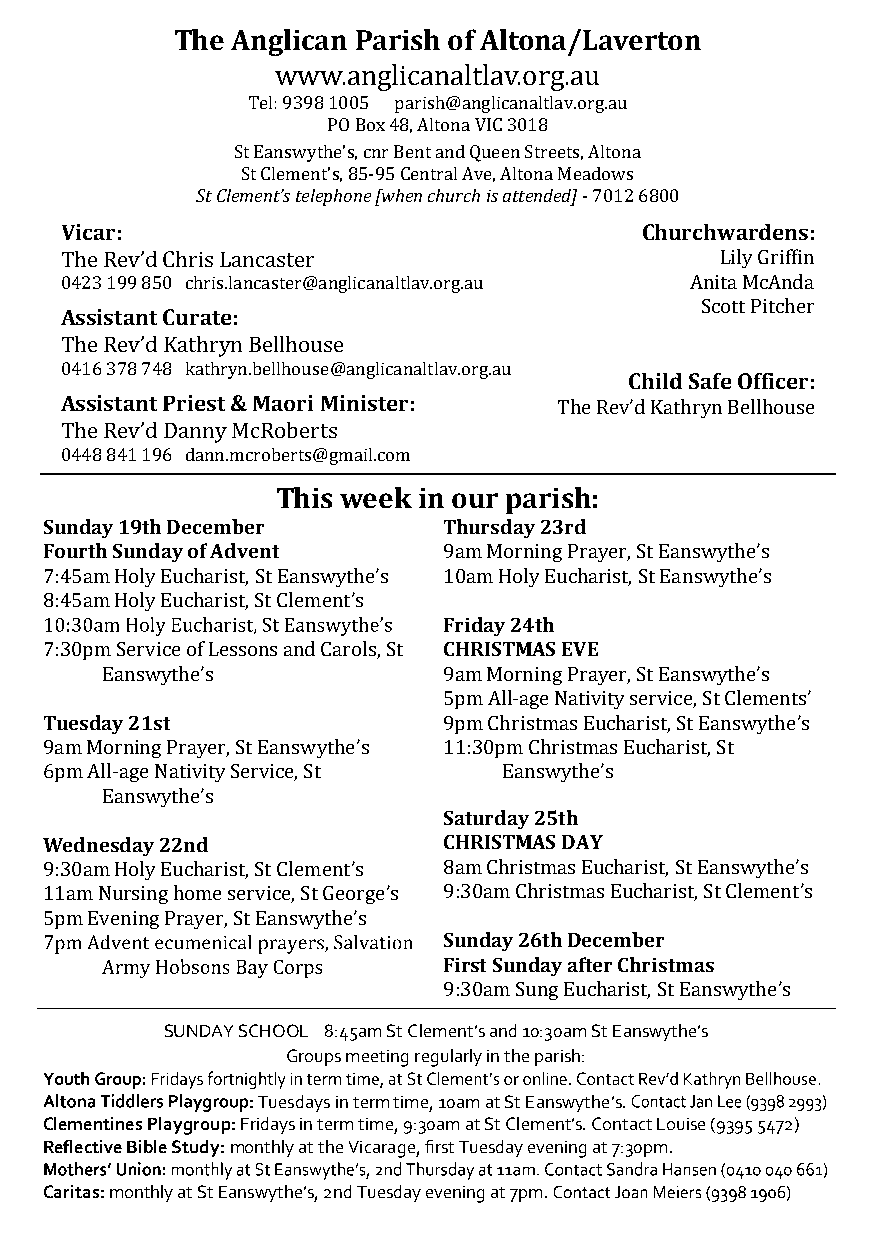
The Anglican Parish of Altona/Laverton
 www.anglicanaltlav.org.au
 Tel: 9398 1005 parish@anglicanaltlav.org.au
 PO Box 48, Altona VIC 3018
 St Eanswythe’s, cnr Bent and Queen Streets, Altona
 St Clement’s, 85-95 Central Ave, Altona Meadows
 St Clement’s telephone [when church is attended] - 7012 6800
 Vicar:                                Churchwardens:
 The Rev’d Chris Lancaster                   Lily Griffin
 0423 199 850 chris.lancaster@anglicanaltlav.org.au Anita McAnda
 Scott Pitcher
 Assistant Curate:
 The Rev’d Kathryn Bellhouse
 0416 378 748 kathryn.bellhouse@anglicanaltlav.org.au
 Child Safe Officer:
 Assistant Priest & Maori Minister: The Rev’d Kathryn Bellhouse
 The Rev’d Danny McRoberts
 0448 841 196 dann.mcroberts@gmail.com
 This week in our parish:
 Sunday 19th December      Thursday 23rd
 Fourth Sunday of Advent   9am Morning Prayer, St Eanswythe’s
 7:45am Holy Eucharist, St Eanswythe’s 10am Holy Eucharist, St Eanswythe’s
 8:45am Holy Eucharist, St Clement’s
 Friday 24th
 7:30pm Service of Lessons and Carols, St CHRISTMAS EVE
 Eanswythe’s           9am Morning Prayer, St Eanswythe’s
 5pm All-age Nativity service, St Clements’
 Tuesday 21st              9pm Christmas Eucharist, St Eanswythe’s
 9am Morning Prayer, St Eanswythe’s 11:30pm Christmas Eucharist, St
 6pm All-age Nativity Service, St Eanswythe’s
 Eanswythe’s
 Saturday 25th
 Wednesday 22nd            CHRISTMAS DAY
 9:30am Holy Eucharist, St Clement’s 8am Christmas Eucharist, St Eanswythe’s
 11am Nursing home service, St George’s 9:30am Christmas Eucharist, St Clement’s
 5pm Evening Prayer, St Eanswythe’s
 Sunday 26th December
 First Sunday after Christmas
 9:30am Sung Eucharist, St Eanswythe’s
 SUNDAY SCHOOL 8:45am St Clement’s and 10:30am St Eanswythe’s
 Groups meeting reg ularly in the parish:
 : Tuesdays in term time, 10am at St Eanswythe’s.
 Clementines Playgroup: Fridays in term time, 9:30am at St Clement’s. Contact Louise (9395 5472)
 Reflective Bible Study: monthly at the Vicarage, first Tuesday evening at 7:30pm.
 Caritas: monthly at St Eanswythe’s, 2nd Tuesday evening at 7pm.